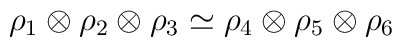
\rho_1 \otimes \rho_2 \otimes \rho_3 \simeq\rho_4 \otimes \rho_5 \otimes \rho_6